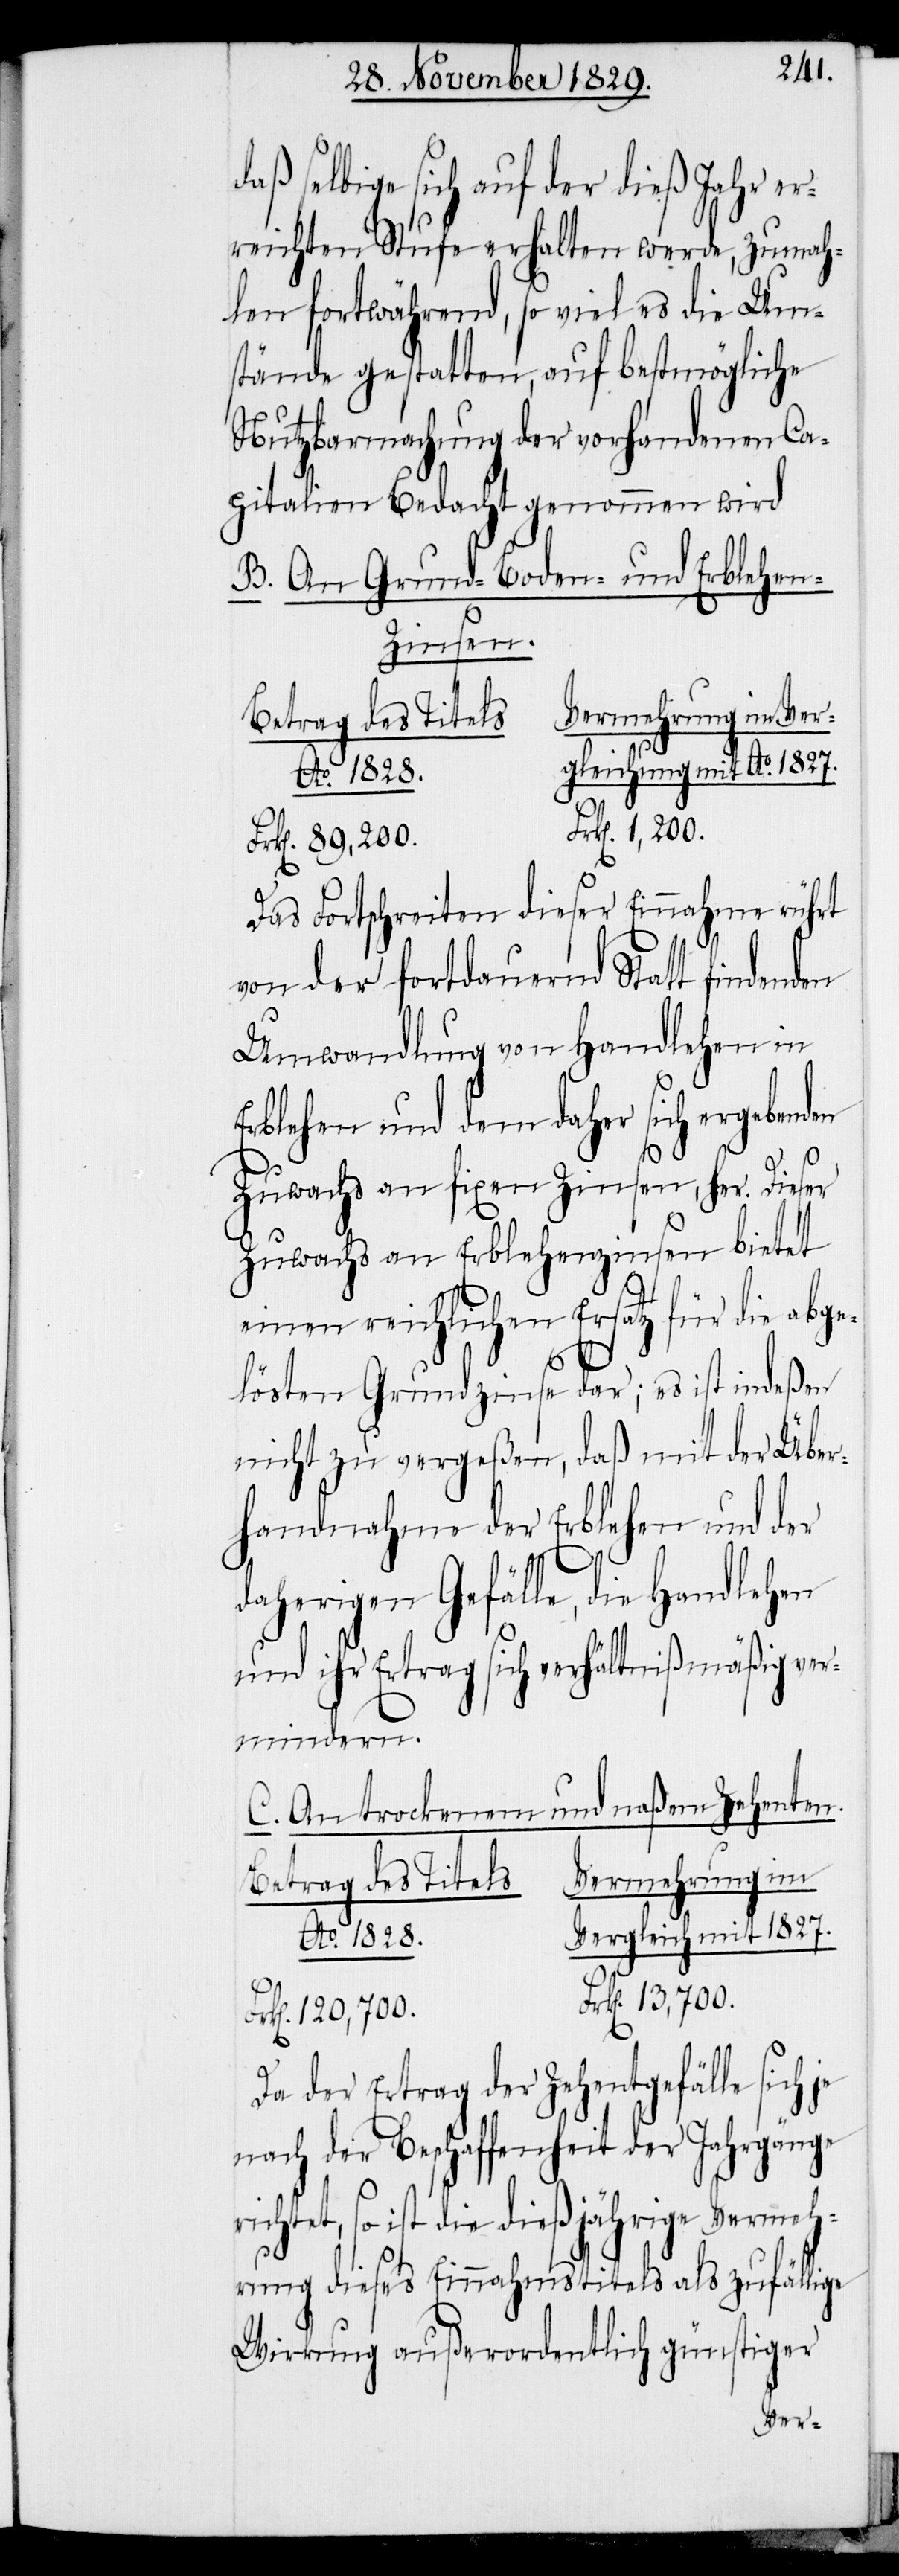
daß selbige sich auf der dieß Jahr er¬
reichten Stufe erhalten werde, zumah¬
len fortwährend, so viel es die Um¬
stände gestatten, auf bestmögliche
Nutzbarmachung der vorhandenen Ca¬
pitalien Bedacht genommen wird.
B. An Grund- Boden- und Erblehen
Betrag des Titels.
Ao. 1828.
Frk[en]. 1,200.
Das Fortschreiten dieser Einnahme rührt
von der fortdauernd Statt findenden
Umwandlung von Handlehen in
Erblehen und dem daher sich ergebend¬
Zuwachs an fixen Zinsen, her. Dieser
Zuwachs an Erblehenzinsen bietet
ri¬
einen reichlichen Ersatz für die abge¬
lösten Grundzinse dar; es ist indeßen
nicht zu vergeßen, daß mit der Über¬
handnahme der Erblehen und der
daherigen Gefälle, die Handlehen
und ihr Ertrag sich verhältnißmäßig ver¬
mindern.
C. An trockenen und naßen Zehenten.
Vermehrung im
mit 1827.
k[en]. 120,700.
Da der Ertrag der Zehentgefälle sich je
nach der Beschaffenheit der Jahrgänge
chtet, so ist die dießjährige Vermeh¬
rung dieses Einnahmstitels als zufällige
Wirkung außerordentlich günstiger